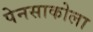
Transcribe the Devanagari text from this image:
पेनसाकोला